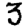
Digit: 3